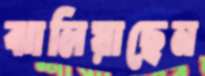
ঝালিয়াছেন